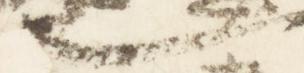
也